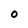
Character: 0